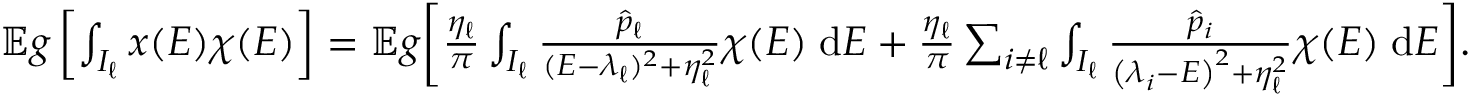
\begin{array} { r } { \mathbb E g \left[ \int _ { I _ { \ell } } x ( E ) \chi ( E ) \right] = \mathbb E g \bigg [ \frac { \eta _ { \ell } } { \pi } \int _ { I _ { \ell } } \frac { \hat { p } _ { \ell } } { ( E - \lambda _ { \ell } ) ^ { 2 } + \eta _ { \ell } ^ { 2 } } \chi ( E ) \; \mathrm { d } E + \frac { \eta _ { \ell } } { \pi } \sum _ { i \neq \ell } \int _ { I _ { \ell } } \frac { \hat { p } _ { i } } { \left( \lambda _ { i } - E \right) ^ { 2 } + \eta _ { \ell } ^ { 2 } } \chi ( E ) \; \mathrm { d } E \bigg ] . } \end{array}